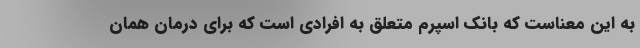
به این معناست که بانک اسپرم متعلق به افرادی است که برای درمان همان